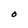
Character: O